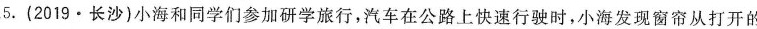
15.(2019·长沙)小海和同学们参加研学旅行，汽车在公路上快速行驶时，小海发现窗帘从打开的窗